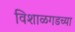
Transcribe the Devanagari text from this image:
विशाळगडच्या